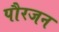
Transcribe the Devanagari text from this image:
पौरजन